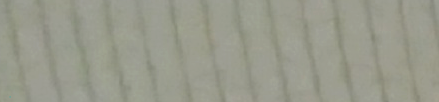
الكمية محدودة